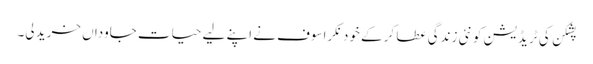
پشکن کی ٹریڈیشن کو نئی زندگی عطا کر کے خود نکراسوف نے اپنے لیے حیات جاوداں خرید لی۔